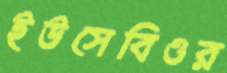
ইউসেবিওর